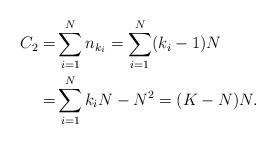
LaTeX: \begin{align*}C_2=&\sum_{i=1}^N n_{k_i}= \sum_{i=1}^N (k_i-1)N \\= & \sum_{i=1}^N k_iN - N^2 = (K-N)N. \end{align*}